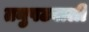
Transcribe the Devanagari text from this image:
तनुपटवाली